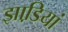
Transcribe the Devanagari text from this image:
झाडि़यां